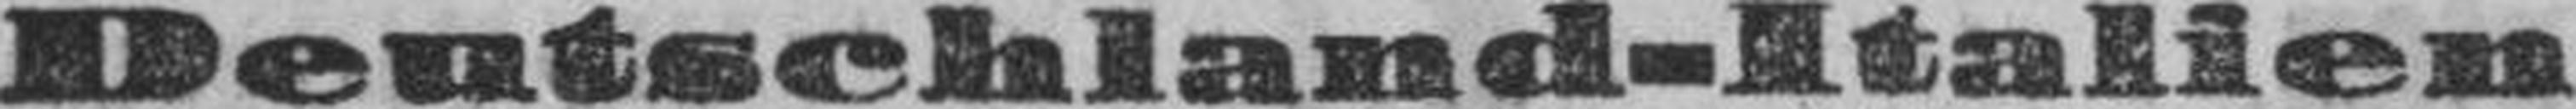
Deutschland-Italien